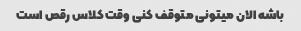
باشه الان میتونی متوقف کنی وقت کلاس رقص است